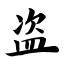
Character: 盗